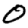
Digit: 0